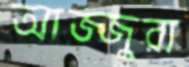
আজ্জুরা